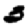
Digit: 3